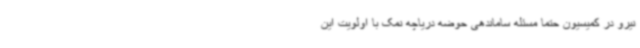
نیرو در کمیسیون حتما مسئله ساماندهی حوضه دریاچه نمک با اولویت این